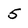
Character: 5